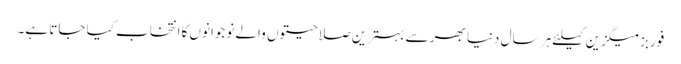
فوربز میگزین کیلئے ہر سال دنیا بھر سے بہترین صلاحیتوں والے نوجوانوں کا انتخاب کیا جاتا ہے۔